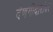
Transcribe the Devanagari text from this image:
देणगीदारांवर